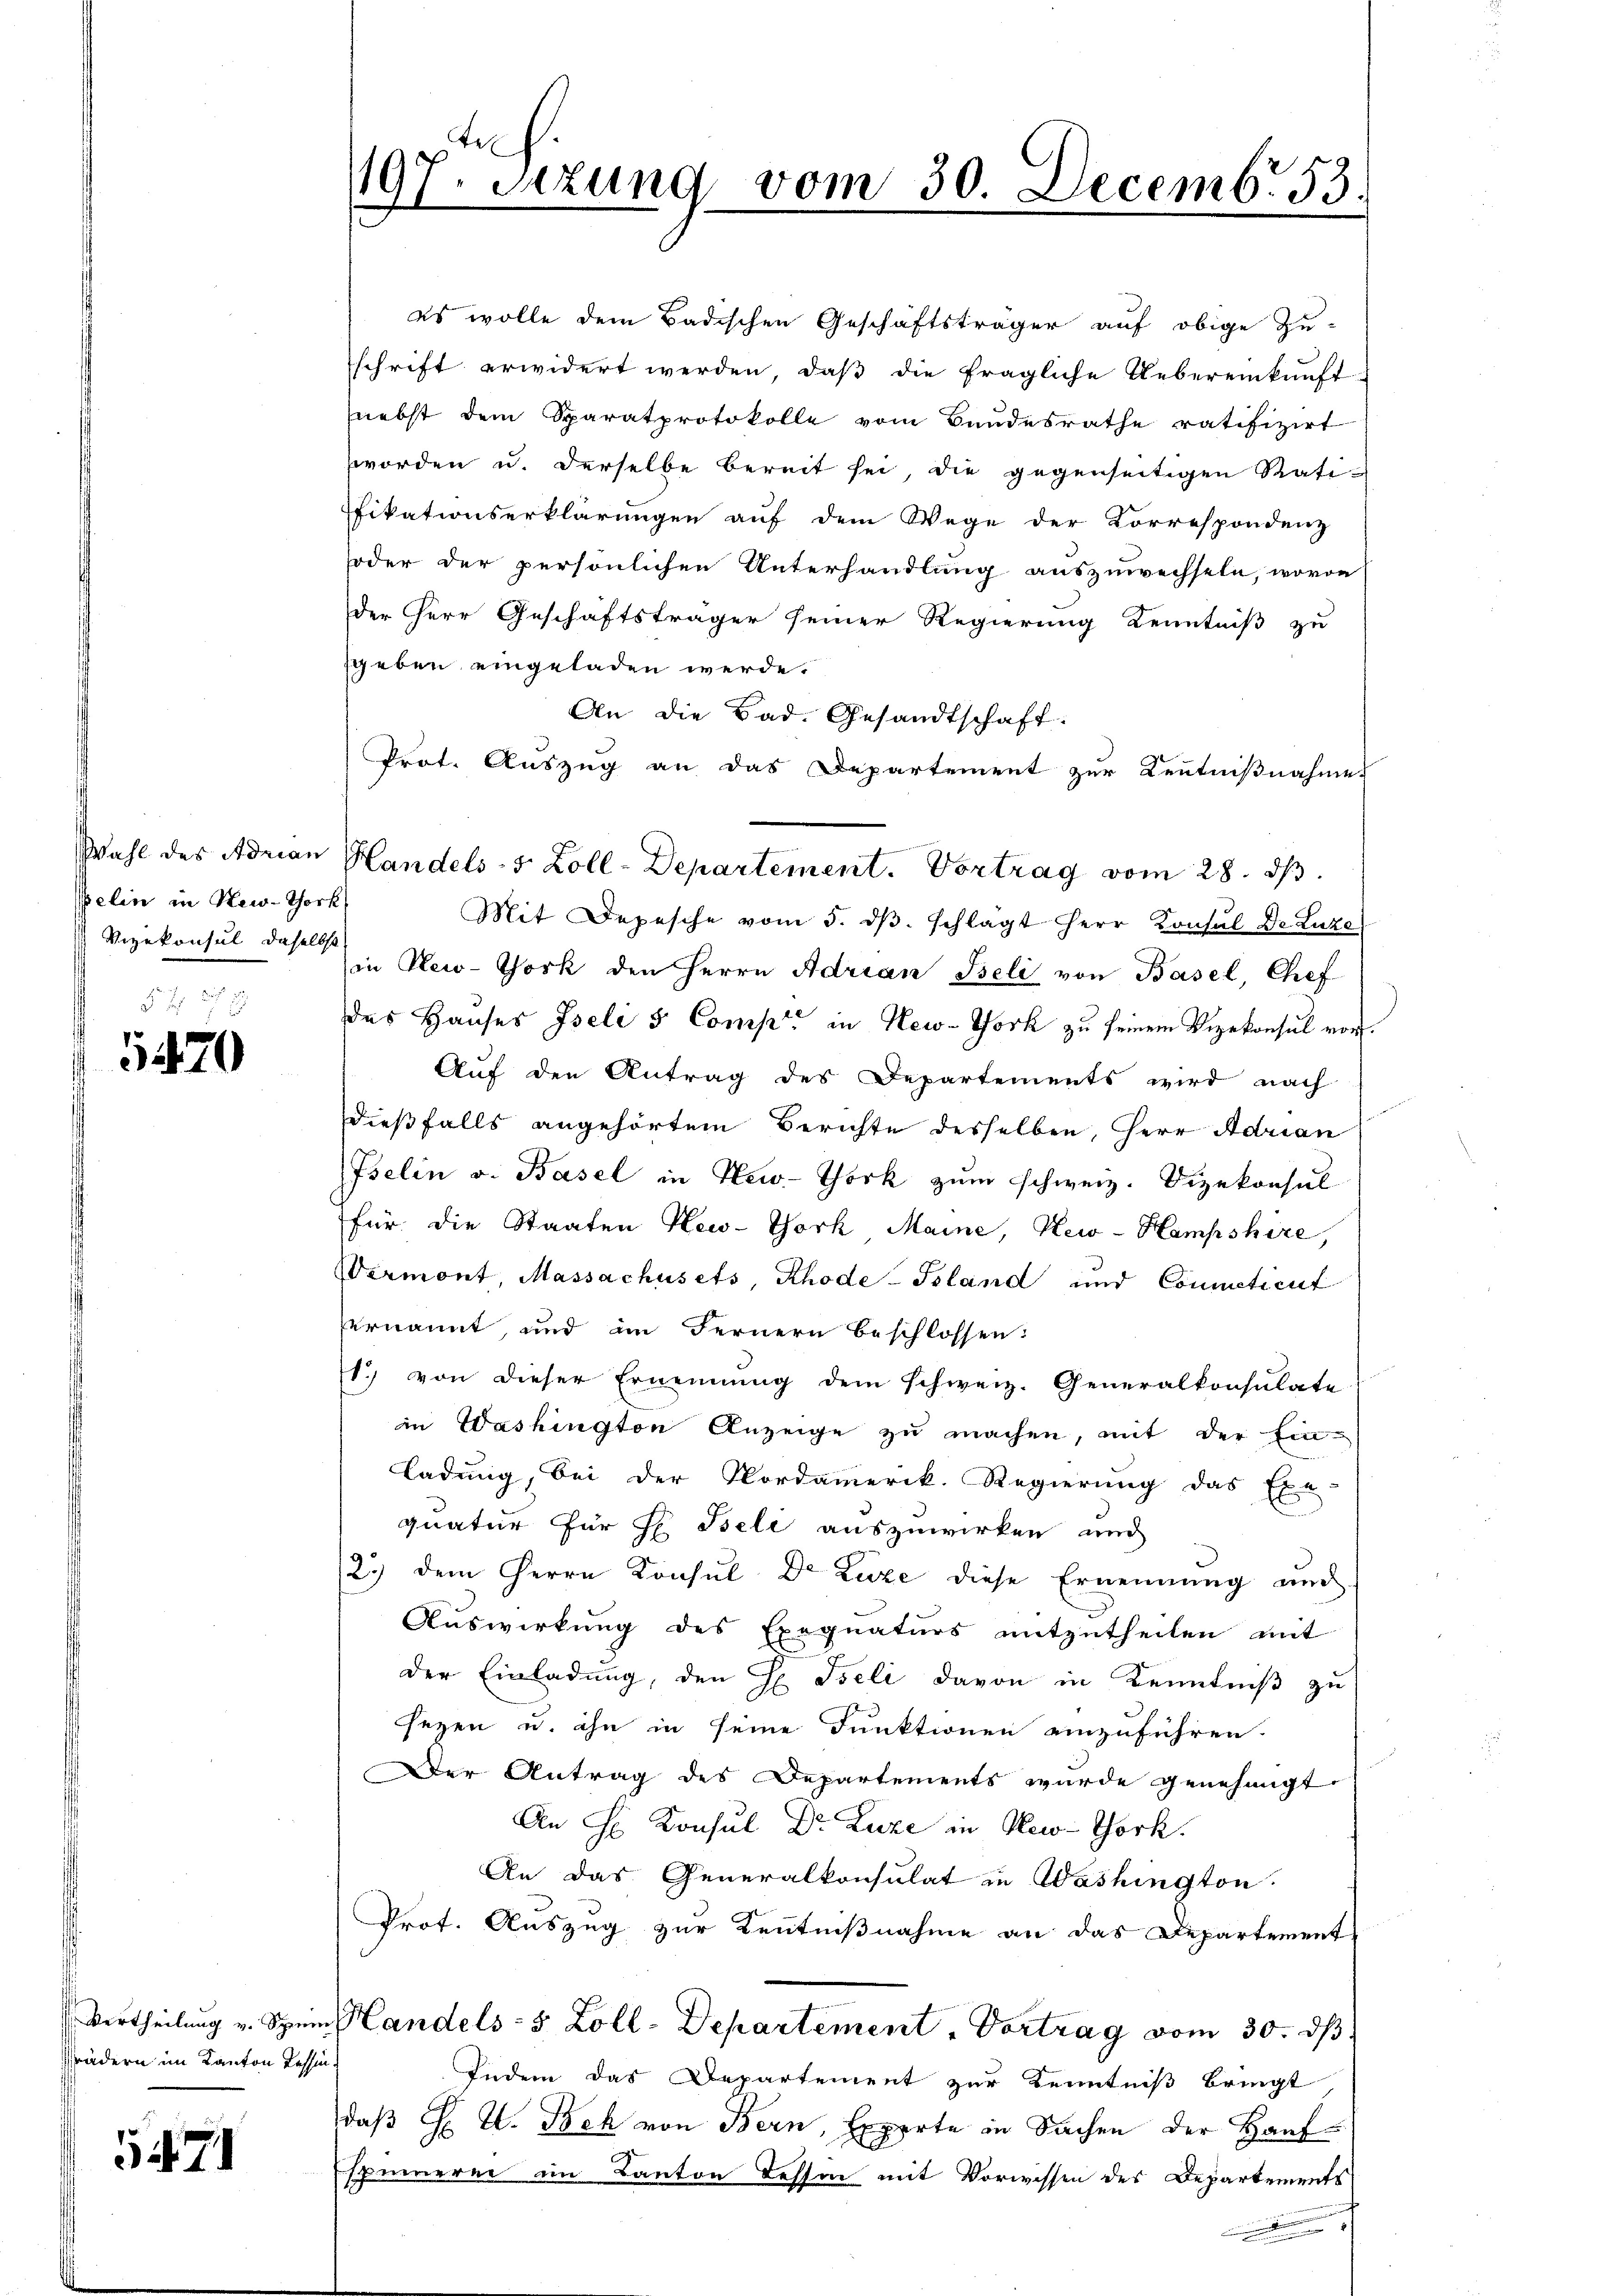
Welin in New-Thork
Vizekonsul daselbst

5470

Vertheilung v. Spen
Brüdern im Kanton Tess

5471

1197. Sitzung vom 30. Decemb. 53.

es wolle dem Badischen Geschäftsträger auf obige Zu-
sschrift erwidert werden, daß die fragliche Uebereinkunft-
nebst dem Sparatprotokolle vom Bundesrathe ratifizirt
worden u. derselbe bereit sei, die gegenseitigen Ratifikationserklärungen auf dem Wege der Korrespondenz
oder der persönlichen Unterhandlung auszuwechseln, wovon
der Herr Geschäftsträger seiner Regierung Kenntniß zu
sgeben eingeladen werde.
An die Bad. Gesandtschaft:
Prot. Auszug an das Departement zur Kenntnißnahme
Mit Depesche vom 5. dβ. schlägt Herr Konsul Dr. Luze
in New-York den Herrn Adrian Beli von Basel, Chef
des Hauses Iseli 5 Comp. in New-York zu seinem Vizekonsul vor.
Auf den Antrag des Departements wird nach
Dießfalls angehörtem Berichte desselben, Herr Adrian
Iselin v. Basel in New-York zum schweiz. Dizekonsul
für die Staaten New-York Maine, New-Hampshire,
Wermont, Massachusets, Rhode-Psland und Commeticut
ernannt, und im Fernern beschlossen:
1. von dieser Ernennung dem schweiz. Generalkonsulate
in Washington Anzeige zu machen, mit der Ein-
ladung, bei der Nordamerik. Regierung das Exe-
quatur für H. Beli auszuwirken und
2.) dem Herrn Konsul Dr Luze diese Ernennung und
Auswirkung des Exequaturs mitzutheilen mit
der Einladung, den H Iseli davon in Kenntniß zu
sezen u. ihn in seine Funktionen einzuführen.
Der Antrag des Departements wurde genehmigt
An H. Konsul Dr. Luze in New-York.
An das Generalkonsulat in Washington
Prot. Auszug zur Kenntnißnahme an das Departement.
„Handels- 5 Zoll-Departement, Vortrag vom 30. ds
Indem das Departement zur Kenntniß bringt
daβ H. V. Beh von Bern, Experte in Sachen der Hauf
spinnerer im Kanton Tessin mit Vorwissen des Departements

Wahl des Adrian Handels- 5 Zoll-Departement. Vortrag vom 28. dβ.